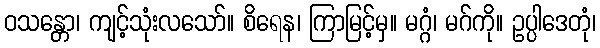
ဝသန္တော၊ ကျင့်သုံးလသော်။ စိရေန၊ ကြာမြင့်မှ။ မဂ္ဂံ၊ မဂ်ကို။ ဥပ္ပါဒေတုံ၊